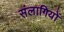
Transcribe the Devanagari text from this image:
संलागियों